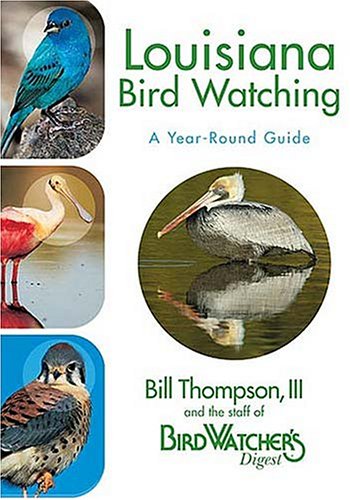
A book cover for Louisiana Bird Watching: A Year-Round Guide; Bill Thompson III; Travel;